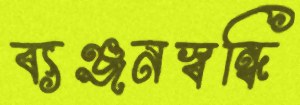
ব্যঞ্জনস্বন্ধি